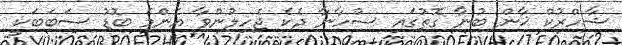
ޝާހްރުކް ޚާން ބުނާ ގޮތުގައި ސުހާނާ ދެކެ ޖެހިލުންވާ އެންމެ ބޮޑު ސަބަބަކީ